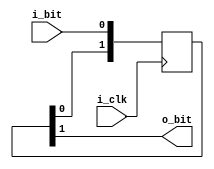
`timescale 1 ns / 1 ps

module libhdl_sync_bit
#(  parameter NFF = 2,
    parameter INIT_VAL = 1'b0)
(   input  wire i_clk,
    input  wire i_bit,
    output wire o_bit);

(* ASYNC_REG = "TRUE" *)
reg [NFF-1:0] sync_ff = {NFF{INIT_VAL}};

always @ (posedge i_clk)
begin
    sync_ff <= {sync_ff[NFF-2:0], i_bit};
end

assign o_bit = sync_ff[NFF-1];

endmodule